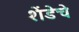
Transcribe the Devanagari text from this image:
शेंडेचे